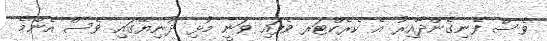
ވެސް ފެނިގެންދާއިރު އެ ކެރެކްޓަރ ވެފައި ވަނީ މުޅި ދުނިޔޭގައި ވެސް އެންމެ